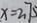
x = 3 7 5